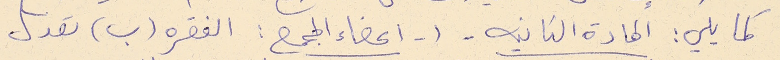
كما يلي : المادة الثانيه - ١- اعضاء المجمع : الفقره (ب) تعدل